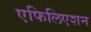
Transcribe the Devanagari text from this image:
एफिलिएशन